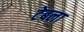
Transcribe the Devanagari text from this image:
टेबला